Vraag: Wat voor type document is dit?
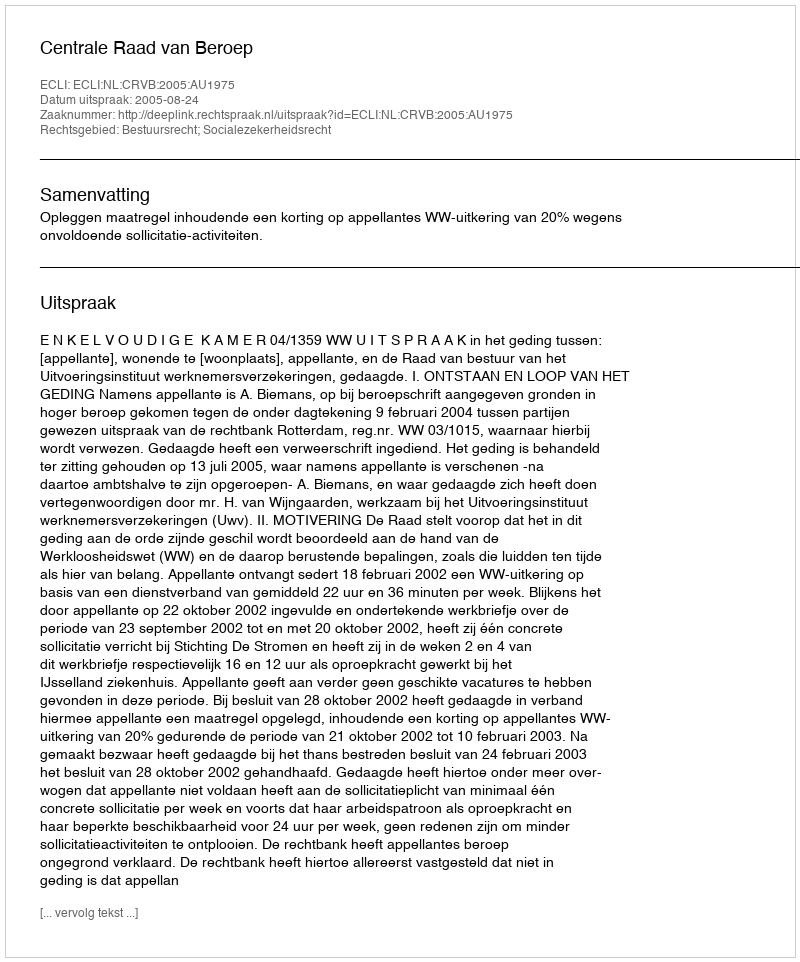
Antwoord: Uitspraak